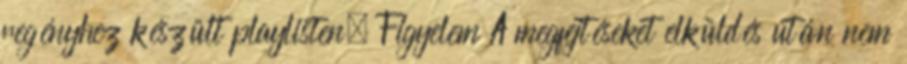
regényhez készült playlisten. Figyelem A megfejtéseket elküldés után nem